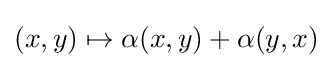
(x,y)\mapsto \alpha (x,y)+\alpha (y,x)